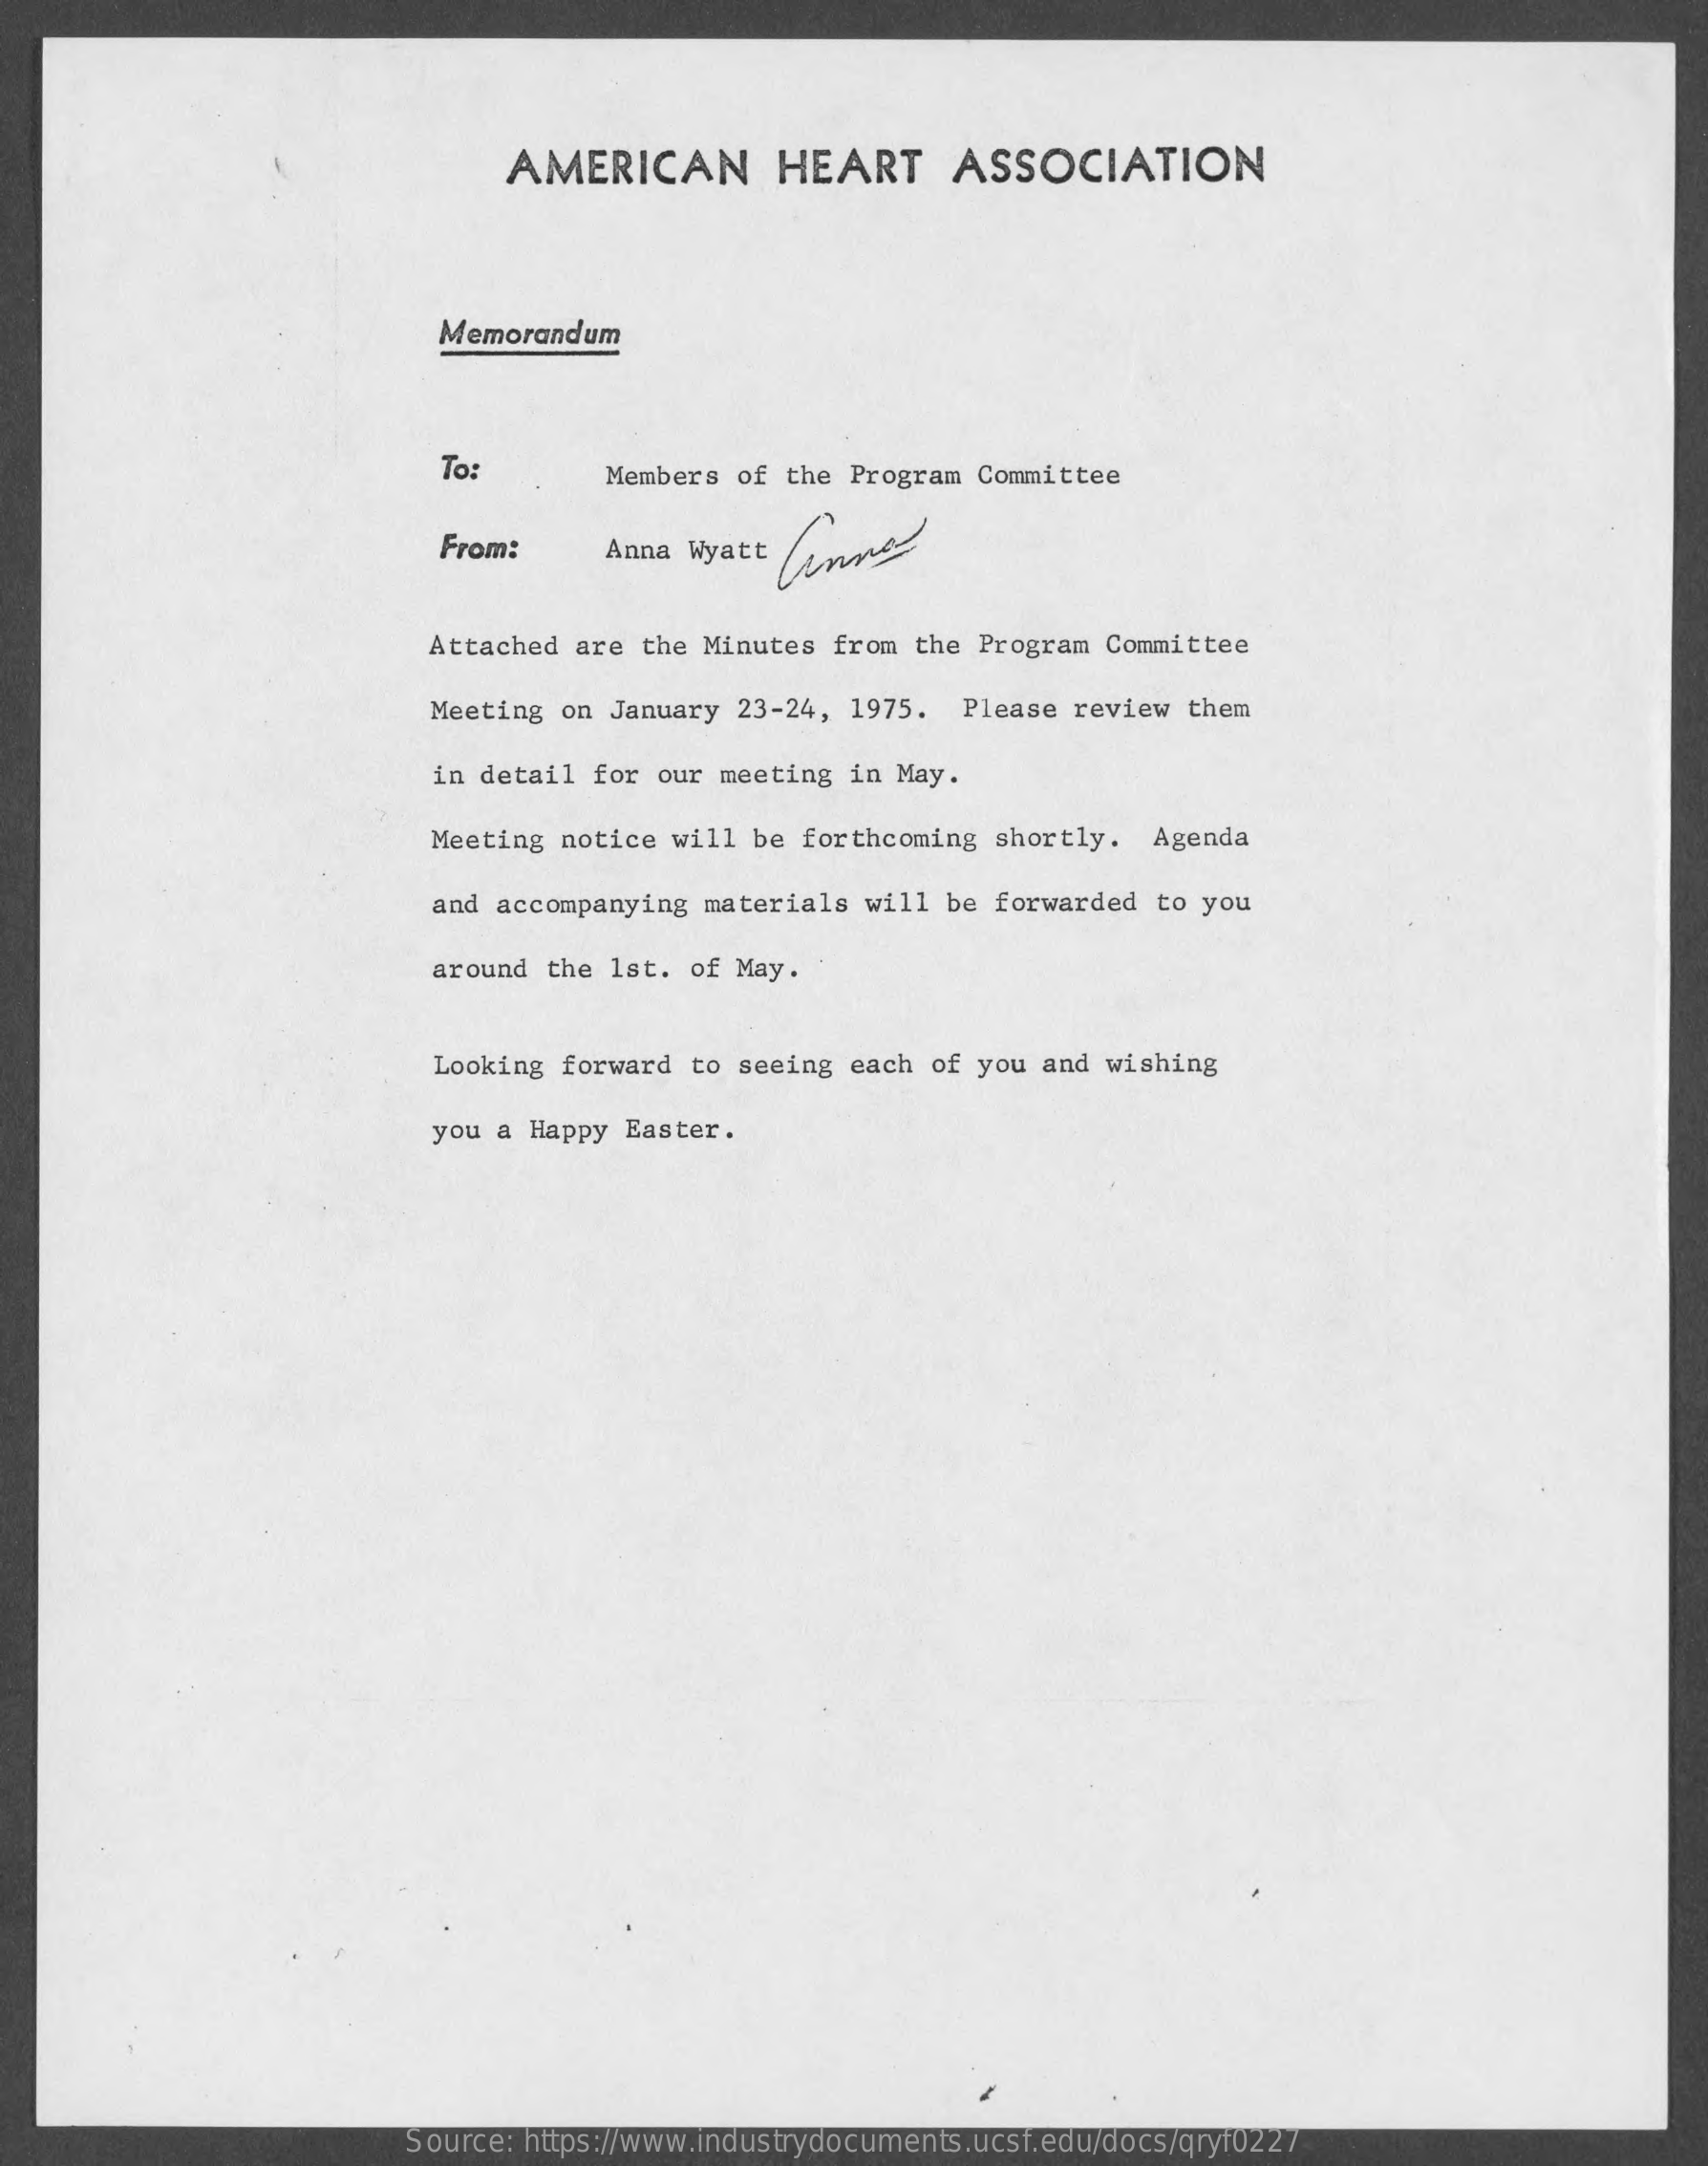
AMERICAN    HEART    ASSOCIATION
     Memorandum
     To:    Members  of the Program Committee
     From:    Anna Wyatt
     Attached  are the Minutes  from the Program  Committee
     Meeting on January  23-24, 1975.  Please  review them
     in detail for our meeting  in May.
     Meeting notice will  be forthcoming  shortly.  Agenda
     and accompanying materials  will be  forwarded to you
     around the 1st. of  May.
     Looking forward  to seeing each of you  and wishing
     you a Happy Easter.
     Source: https://www.industrydocuments.ucsf.edu/docs/qryf0227